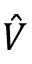
\hat { V }